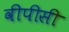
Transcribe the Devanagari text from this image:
वीपीसी